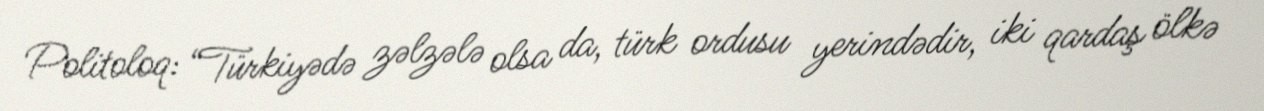
Politoloq: “Türkiyədə zəlzələ olsa da, türk ordusu yerindədir, iki qardaş ölkə